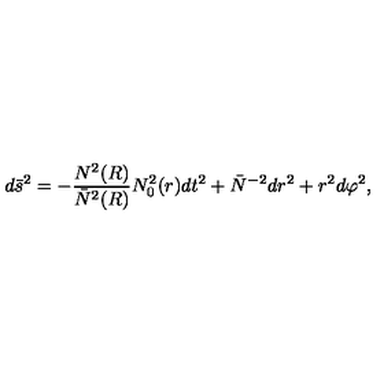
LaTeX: d \bar { s } ^ { 2 } = - { \frac { N ^ { 2 } ( R ) } { \bar { N } ^ { 2 } ( R ) } } N _ { 0 } ^ { 2 } ( r ) d t ^ { 2 } + \bar { N } ^ { - 2 } d r ^ { 2 } + r ^ { 2 } d \varphi ^ { 2 } ,